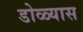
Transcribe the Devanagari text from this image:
डोळ्यास